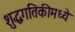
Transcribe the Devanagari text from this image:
शुद्धगतिकीमध्ये